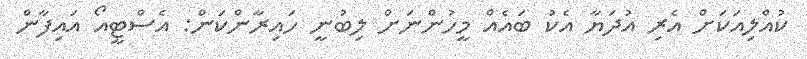
ކުއްލިއަކަށް އެރި އުދަޔާ އެކު ބައެއް މީހުންނަށް ލިބުނީ ހައިރާންކަން: އެސްޓީއޯ އައިފާން